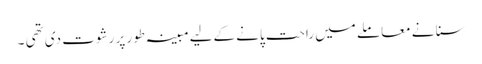
سنا نے معاملے میں راحت پانے کےلیے مبینہ طور پر رشوت دی تھی ۔